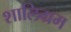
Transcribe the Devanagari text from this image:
शालिग्रम